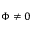
\boldsymbol \Phi \ne 0